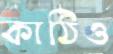
কাঠিও